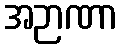
အဉာဏာ